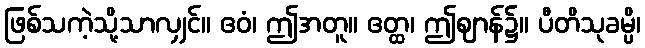
ဖြစ်သကဲ့သို့သာလျှင်။ ဧဝံ၊ ဤအတူ။ ဧတ္ထ၊ ဤဈာန်၌။ ပီတိသုခမ္ပိ၊